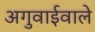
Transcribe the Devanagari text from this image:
अगुवाईवाले